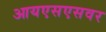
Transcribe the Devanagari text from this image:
आयएसएसवर